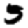
Digit: 5